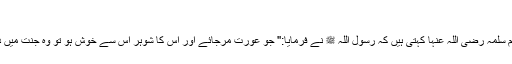
)
ام المومنین ام سلمہ رضی اللہ عنہا کہتی ہیں کہ رسول اللہ ﷺ نے فرمایا:'' جو عورت مرجائے اور اس کا شوہر اس سے خوش ہو تو وہ جنت میں داخل ہوگی''۔